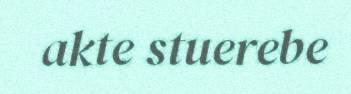
akte stuerebe